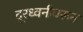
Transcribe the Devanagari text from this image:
दूरध्वनीवरून